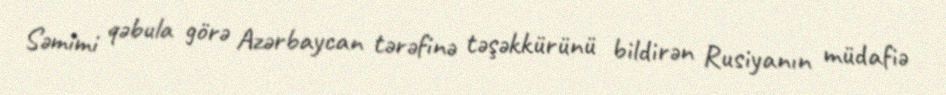
Səmimi qəbula görə Azərbaycan tərəfinə təşəkkürünü bildirən Rusiyanın müdafiə